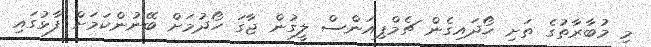
މި މުބާރާތުގެ ތަށި ހޯދައިގެން ޗެމްޕިއަންސް ލީގުން ޖާގަ ހޯދުމަށް ބޭނުންކަމަށް ފާޅުގައި